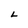
Character: L